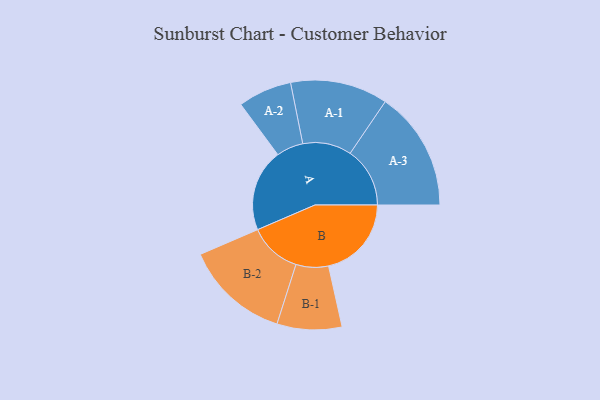
{"axis": {"x": "Segment", "y": "Value"}, "legend": ["", "A", "B"], "data": [{"x": "A", "y": 373, "type": ""}, {"x": "B", "y": 376, "type": ""}, {"x": "A-1", "y": 221, "type": "A"}, {"x": "A-2", "y": 122, "type": "A"}, {"x": "A-3", "y": 271, "type": "A"}, {"x": "B-1", "y": 147, "type": "B"}, {"x": "B-2", "y": 238, "type": "B"}]}